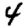
Digit: 4